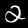
Label: 2